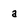
Character: a